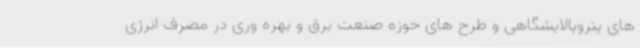
های پتروپالایشگاهی و طرح های حوزه صنعت برق و بهره وری در مصرف انرژی